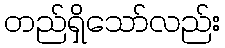
တည်ရှိသော်လည်း